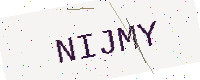
Text: NIJMY